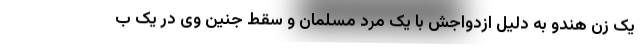
یک زن هندو به دلیل ازدواجش با یک مرد مسلمان و سقط جنین وی در یک ب